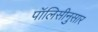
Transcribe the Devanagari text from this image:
पॉलिसीनुसार